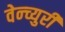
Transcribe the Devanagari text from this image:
वेन्च्युरी